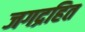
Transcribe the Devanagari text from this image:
जगद्रहित